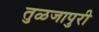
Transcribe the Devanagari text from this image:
तुळजापुरी